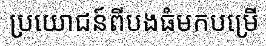
ប្រយោជន៍ពីបងធំមកបម្រើ